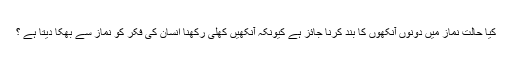
کیا حالت نماز میں دونوں آنکھوں کا بند کرنا جائز ہے کیونکہ آنکھیں کھلی رکھنا انسان کی فکر کو نماز سے بھکا دیتا ہے ؟